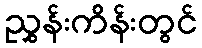
ညွှန်းကိန်းတွင်